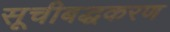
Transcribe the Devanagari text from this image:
सूचीबद्धकरण